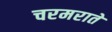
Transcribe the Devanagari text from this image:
चरमराते